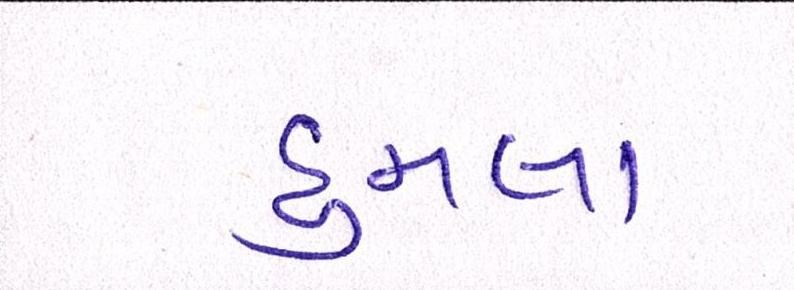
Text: હુમલા